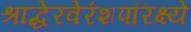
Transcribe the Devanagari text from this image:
श्राद्धेरवेरंशपरिक्ष्ये